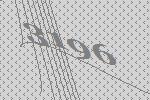
3196